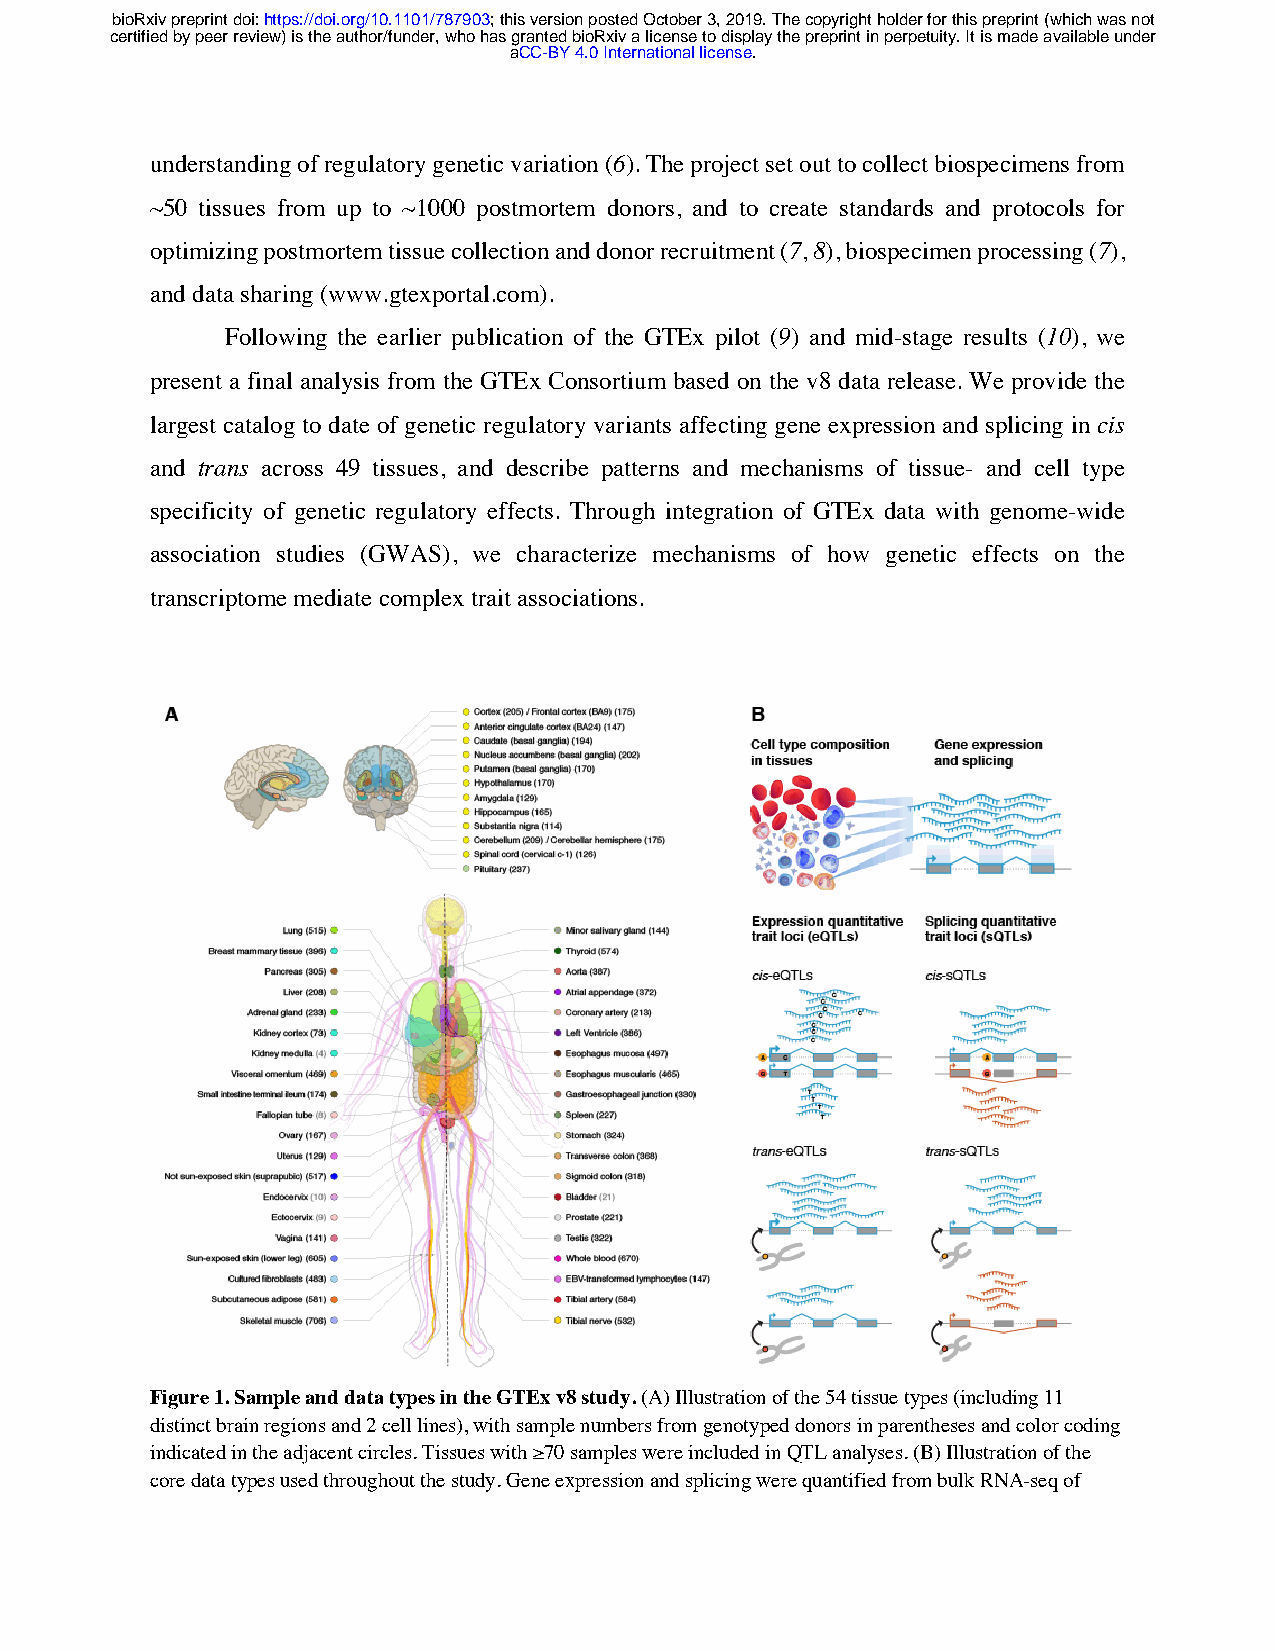
bioRxiv preprint doi: https://doi.org/10.1101/787903; this version posted October 3, 2019. The copyright holder for this preprint (which was not
 certified by peer review) is the author/funder, who has granted bioRxiv a license to display the preprint in perpetuity. It is made available under
 aCC-BY 4.0 International license.
 understanding of regulatory genetic variation (6). The project set out to collect biospecimens from
 ~50 tissues from up to ~1000 postmortem donors, and to create standards and protocols for
 optimizing postmortem tissue collection and donor recruitment (7, 8), biospecimen processing (7),
 and data sharing (www.gtexportal.com).
 Following the earlier publication of the GTEx pilot (9) and mid-stage results (10), we
 present a final analysis from the GTEx Consortium based on the v8 data release. We provide the
 largest catalog to date of genetic regulatory variants affecting gene expression and splicing in cis
 and trans across 49 tissues, and describe patterns and mechanisms of tissue- and cell type
 specificity of genetic regulatory effects. Through integration of GTEx data with genome-wide
 association studies (GWAS), we characterize mechanisms of how genetic effects on the
 transcriptome mediate complex trait associations.
 Figure 1. Sample and data types in the GTEx v8 study. (A) Illustration of the 54 tissue types (including 11
 distinct brain regions and 2 cell lines), with sample numbers from genotyped donors in parentheses and color coding
 indicated in the adjacent circles. Tissues with ≥70 samples were included in QTL analyses. (B) Illustration of the
 core data types used throughout the study. Gene expression and splicing were quantified from bulk RNA-seq of